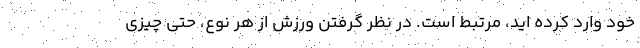
خود وارد کرده اید، مرتبط است. در نظر گرفتن ورزش از هر نوع، حتی چیزی